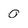
Character: 0